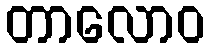
တာလောဝ